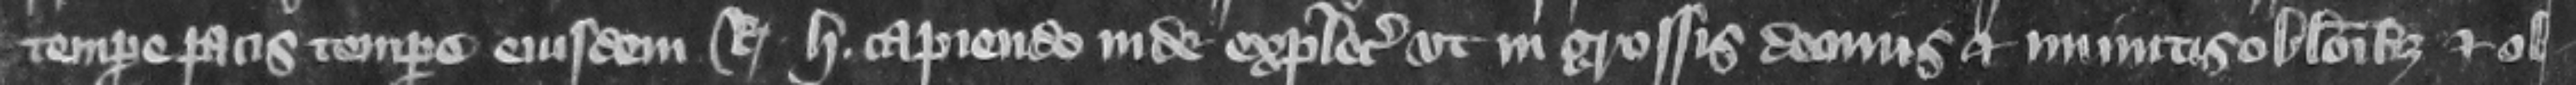
tempore pacis tempore eiusdem regis H. capiendo inde explecia vt in grossis decimis et minutis oblacionibus et ob